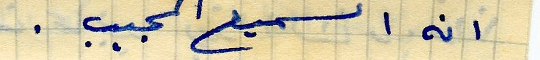
انه اسميع المجيب .